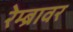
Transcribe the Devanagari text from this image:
रेम्ब्रावर